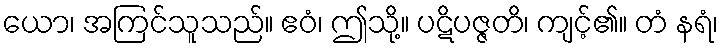
ယော၊ အကြင်သူသည်။ ဧဝံ၊ ဤသို့။ ပဋိပဇ္ဇတိ၊ ကျင့်၏။ တံ နရံ၊